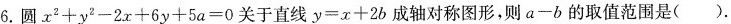
6.圆$$x ^ { 2 } + y ^ { 2 } - 2 x + 6 y + 5 a = 0$$关于直线$$y = x + 2 b$$成轴对称图形,则$$a - b$$的取值范围是( ).